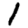
Digit: 1